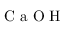
\mathrm { ~ C ~ a ~ O ~ H ~ }